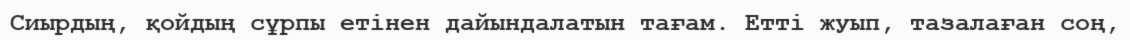
Сиырдың, қойдың сұрпы етінен дайындалатын тағам. Етті жуып, тазалаған соң,